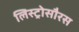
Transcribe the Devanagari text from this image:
लिस्ट्रोसौरस